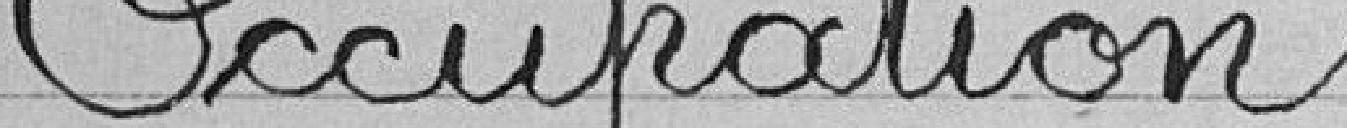
Occupation